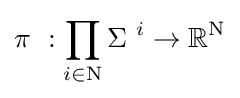
\pi \ :\prod _{i\in \mathrm {N} }\Sigma \ ^{i}\to \mathbb {R} ^{\mathrm {N} }